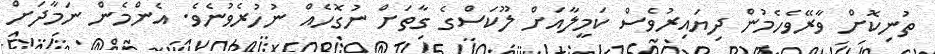
ތުނިކޮށް ވާރޭވެހެމުން ދިޔައިރުވެސް ކަމީލާއަށް ލޫކަސްގެ ގާތަށް ނުގޮހެއް ނުހުރެވުނެވެ. އެންމެން ނަމާދަށް